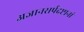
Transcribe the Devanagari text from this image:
अज्ञानसर्पदष्टानां